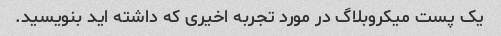
یک پست میکروبلاگ در مورد تجربه اخیری که داشته اید بنویسید.